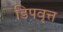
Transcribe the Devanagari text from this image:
डिपवृत्त